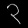
Digit: ၃